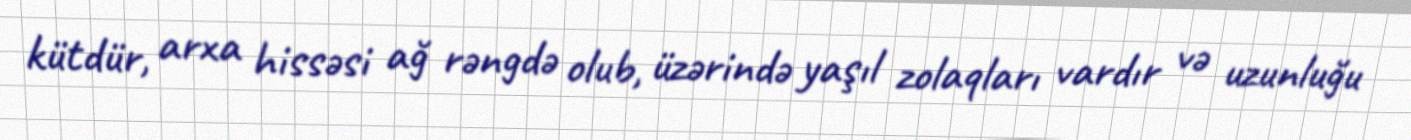
kütdür, arxa hissəsi ağ rəngdə olub, üzərində yaşıl zolaqları vardır və uzunluğu